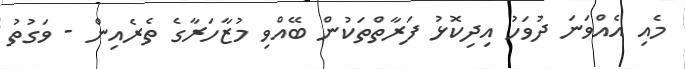
މެއި އެއްވަނަ ދުވަހު އިދިކޮޅު ފަރާތްތަކުން ބޭއްވި މުޒާހަރާގެ ތެރެއިން - ވަގުތު